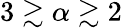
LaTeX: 3\gtrsim\alpha\gtrsim 2